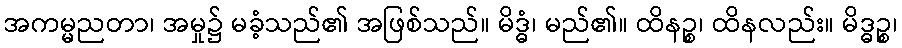
အကမ္မညတာ၊ အမှု၌ မခံ့သည်၏ အဖြစ်သည်။ မိဒ္ဓံ၊ မည်၏။ ထိနဉ္စ၊ ထိနလည်း။ မိဒ္ဓဉ္စ၊